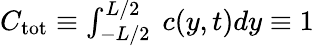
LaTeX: \begin{array}{r}{C_{\mathrm{tot}}\equiv\int_{-L/2}^{L/2}\ c(y,t)dy\equiv 1}\end{array}